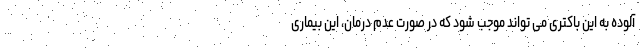
آلوده به این باکتری می تواند موجب شود که در صورت عدم درمان، این بیماری